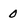
Character: 0